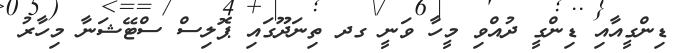
ޑިންގީއާއި ޑިންގީ ދުއްވި މީހާ ވަނީ ގދ ތިނަދޫގައި ޕޮލިސް ސްޓޭޝަނާ މިހާރު